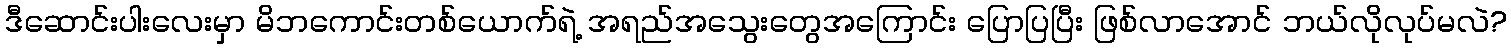
ဒီဆောင်းပါးလေးမှာ မိဘကောင်းတစ်ယောက်ရဲ့ အရည်အသွေးတွေအကြောင်း ပြောပြပြီး ဖြစ်လာအောင် ဘယ်လိုလုပ်မလဲ?